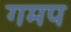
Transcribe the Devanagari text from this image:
गमप